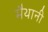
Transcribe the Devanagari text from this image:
मैथानी